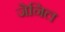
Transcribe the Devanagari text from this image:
जेनिल